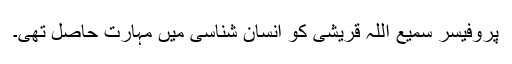
پروفیسر سمیع اللہ قریشی کو انسان شناسی میں مہارت حاصل تھی۔